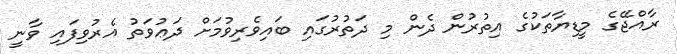
ރާއްޖޭގެ މީޑިޔާތަކުގެ އިތުރުން ދެން މި ދަތުރުގައި ބައިވެރިވުމަށް ދަޢުވަތު އެރުވިފައި ވާނީ